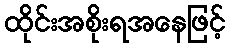
ထိုင်းအစိုးရအနေဖြင့်